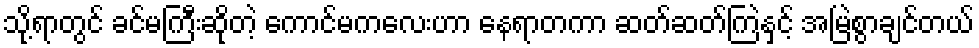
သို့ရာတွင် ခင်မကြီးဆိုတဲ့ ကောင်မကလေးဟာ နေရာတကာ ဆတ်ဆတ်ကြဲနှင့် အမြဲစွာချင်တယ်